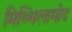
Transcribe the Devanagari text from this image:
मिथ्थिलामोद